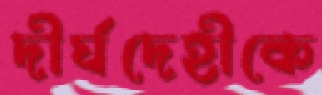
দীর্ঘদেহীকে